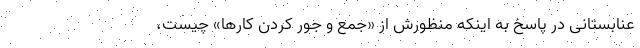
عنابستانی در پاسخ به اینکه منظورش از «جمع و جور کردن کارها» چیست،